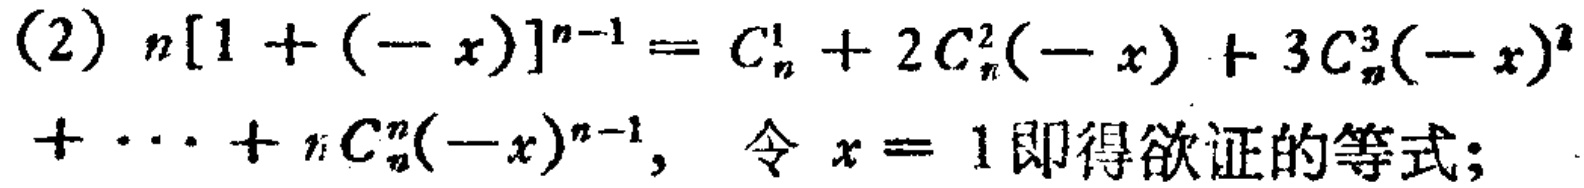
(2) \(n[1+(-x)]^{n - 1}=C_{n}^{1}+2C_{n}^{2}(-x)+3C_{n}^{3}(-x)^{2}+\cdots +nC_{n}^{n}(-x)^{n - 1}\)，令 \(x = 1\)即得欲证的等式；